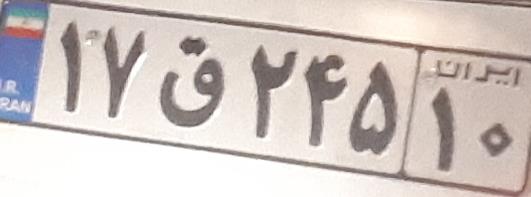
۱۷ق۲۴۵۱۰